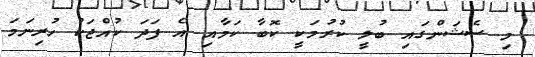
މި ސެޝަންގައި ބުލީ ކުރުމަކީ ކޮބާ ކަމާއި އެ ފަދަ ކުއްޖަކު ހުރިނަމަ